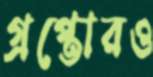
গ্রপ্তোরও